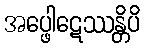
အပ္ဖေါဋေဿန္တိပိ